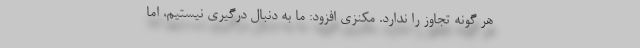
هر گونه تجاوز را ندارد. مکنزی افزود: ما به دنبال درگیری نیستیم، اما